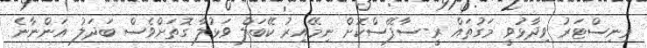
މިނިސްޓަރު ވިދާޅުވީ މަގުތައް ރީ-ސާފޭސްކޮށް ނިމޭއިރު ކޭބަލް ވަޅުލާ ގޮތަށްވެސް ބަދަލު އަންނާނެ